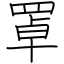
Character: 罩